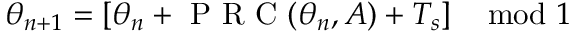
\theta _ { n + 1 } = \left[ \theta _ { n } + \mathrm { ~ P ~ R ~ C ~ } ( \theta _ { n } , A ) + T _ { s } \right] \mod 1